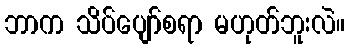
ဘာက သိပ်ပျော်စရာ မဟုတ်ဘူးလဲ။